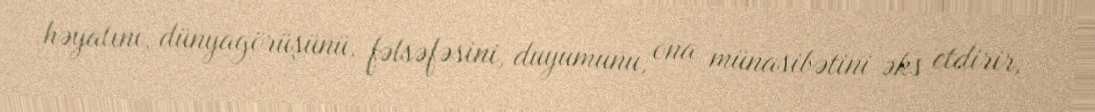
həyatını, dünyagörüşünü, fəlsəfəsini, duyumunu, ona münasibətini əks etdirir,